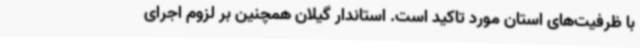
با ظرفیت‌های استان مورد تاکید است. استاندار گیلان همچنین بر لزوم اجرای